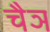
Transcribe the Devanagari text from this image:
चैञ